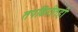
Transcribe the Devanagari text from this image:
तपकिरीतही